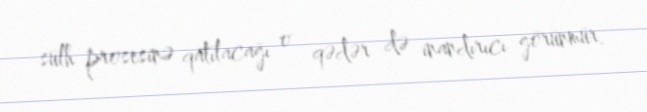
sülh prosesinə qatılacağı o qədər də inandırıcı görünmür.